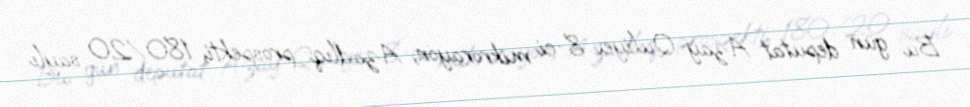
Bu gün deputat Azay Quliyev 8-ci mikrorayon, Azadlıq prospekti, 180/20 saylı